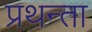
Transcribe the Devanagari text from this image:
प्रथन्ता